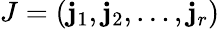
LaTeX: J=(\mathbf{j}_{1},\mathbf{j}_{2},\dots,\mathbf{j}_{r})